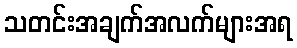
သတင်းအချက်အလက်များအရ